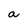
Character: a